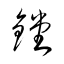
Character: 鏜